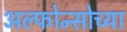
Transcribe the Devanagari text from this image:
अल्फोन्सोच्या